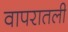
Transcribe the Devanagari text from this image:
वापरातली